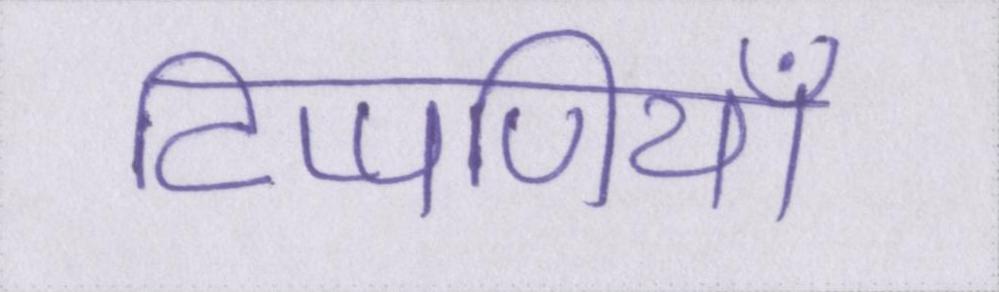
टिप्पणियाँ